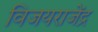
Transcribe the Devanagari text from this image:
विजयराजेंद्र